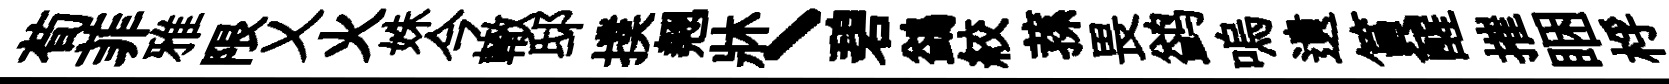
荀菲雅限乂火姝今轍邸撲翹牀丶碧鷁絞蓀畏鹢嗚遺篔醒摧睏桴